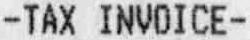
-TAX INVOICE-